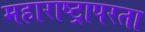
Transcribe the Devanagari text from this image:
महाराष्ट्रापरता